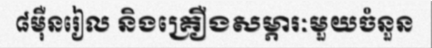
៨ម៉ឺនរៀល និងគ្រឿងសម្ភារៈមួយចំនួន